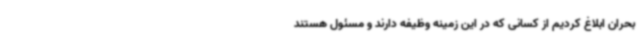
بحران ابلاغ کردیم از کسانی که در این زمینه وظیفه دارند و مسئول هستند